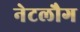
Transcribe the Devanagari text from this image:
नेटलौग